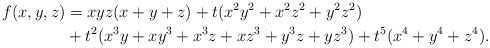
\begin{align*}f(x,y,z) &=xyz(x+y+z) + t(x^2y^2 + x^2z^2 + y^2z^2) \\&+ t^2(x^3y+xy^3+x^3z+xz^3 + y^3z+yz^3) + t^5(x^4+y^4+z^4).\end{align*}